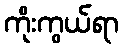
ကိုးကွယ်ရာ